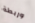
وربطة